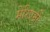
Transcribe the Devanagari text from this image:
मेरिएनो